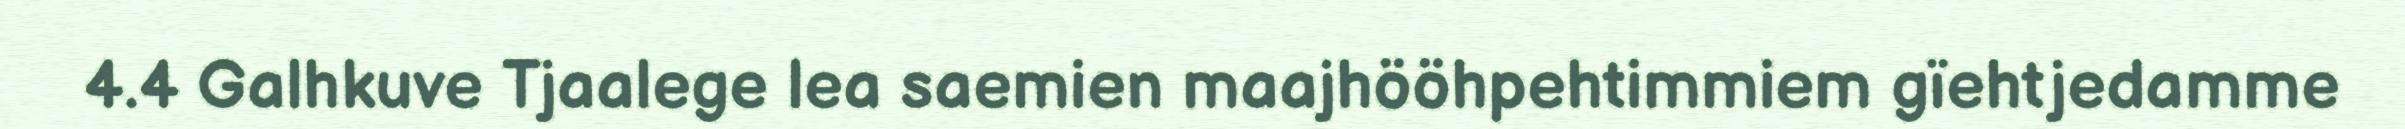
4.4 Galhkuve Tjaalege lea saemien maajhööhpehtimmiem gïehtjedamme